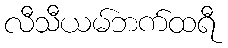
လီသီယမ်ဘက်ထရီ